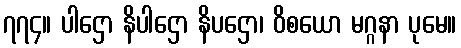
၇၇၄။ ပါဌော နိပါဌော နိပဌော၊ ဝိစယော မဂ္ဂနာ ပုမေ။